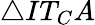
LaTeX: \triangle IT_{C}A